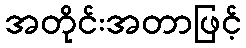
အတိုင်းအတာဖြင့်